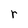
Character: r